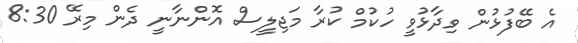
އެ ބޭފުޅުން ވިދާޅުވީ ހުކުމް ކުރާ މަޖިލީސް އޮންނާނީ ދެން މިރޭ 8:30